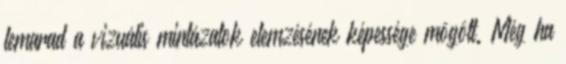
lemarad a vizuális mintázatok elemzésének képessége mögött. Még ha